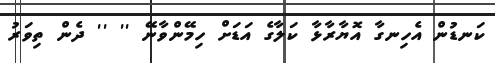
ކަނޑުން އެހިނގާ އޮޔާރާޅާ ކަލާގެ އަޑަށް ހިމޭންވާނޭ '' '' ދެން ތިވަރު